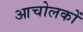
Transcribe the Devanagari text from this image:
आचोलकों